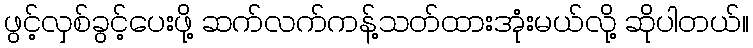
ဖွင့်လှစ်ခွင့်ပေးဖို့ ဆက်လက်ကန့်သတ်ထားအုံးမယ်လို့ ဆိုပါတယ်။